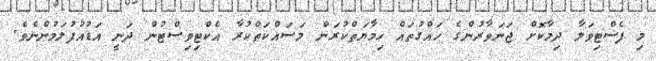
މި ފެސްޓިވަލާ ދިމާކޮށް ޖަނަވާރުންގެ ހައްގުތައް ހިމާޔަތްކުރަން މަސައްކަތްކުރާ އެކްޓިވިސްޓުން ދަނީ އަޑުއުފުލަމުންނެވެ.